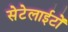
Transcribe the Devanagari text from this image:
सेटेलाईटों